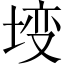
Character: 𡍣